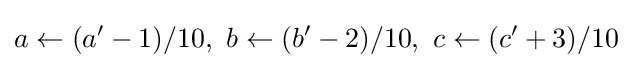
a\gets (a'-1)/10,\ b\gets (b'-2)/10,\ c\gets (c'+3)/10